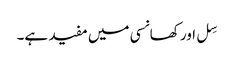
سِل اور کھانسی میں مفید ہے۔